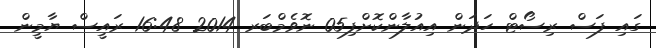
ގައި ފަސް ރިސޯޓް ހަދަން އިއުލާންކޮށްފި05 ނޮވެމްބަރ 2014 16:48 ރައީސް ޔާމީން